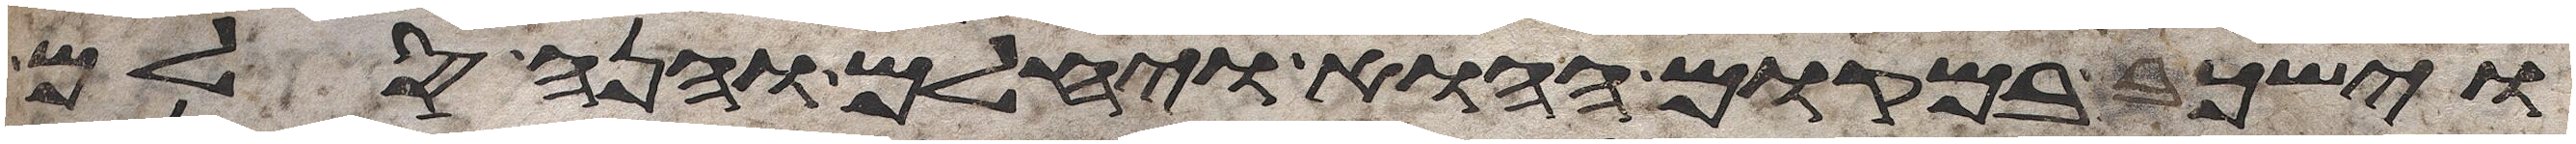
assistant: וישכב במקום ההוא ויחלם והנה סלם